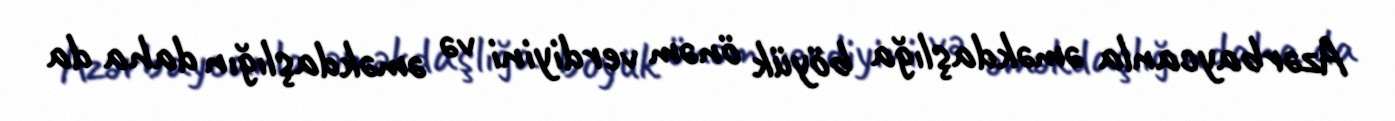
Azərbaycanla əməkdaşlığa böyük önəm verdiyini və əməkdaşlığın daha da